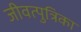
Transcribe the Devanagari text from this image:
जीवत्पुत्रिका